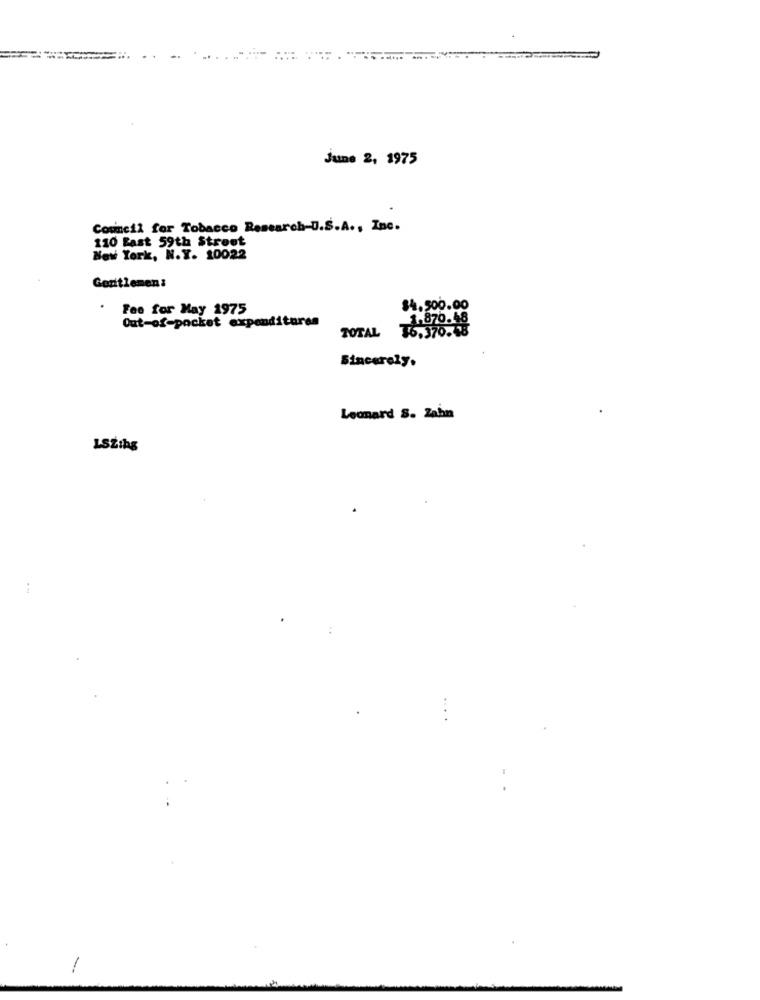
June 2, 1975
Council for Tobacco Research-U.S.A ., Inc.
110 Fast 59th Street
New York, N.Y. 10022
Gentlemen:
Fee for May 1975
$4.500.00
Out-of-pocket expenditures
1.870. 98
TOTAL
36.370.48
Sincerely.
Leonard S. Zahn
LSZing